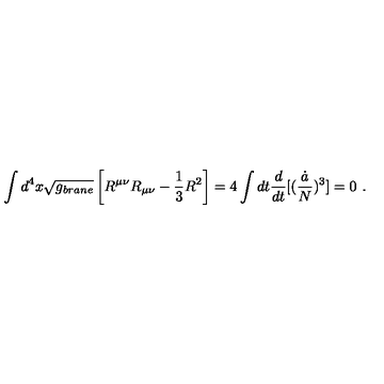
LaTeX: \int d ^ { 4 } x \sqrt { g _ { b r a n e } } \left[ R ^ { \mu \nu } R _ { \mu \nu } - { \frac { 1 } { 3 } } R ^ { 2 } \right] = 4 \int d t { \frac { d } { d t } } [ ( { \frac { \dot { a } } { N } } ) ^ { 3 } ] = 0 \ .